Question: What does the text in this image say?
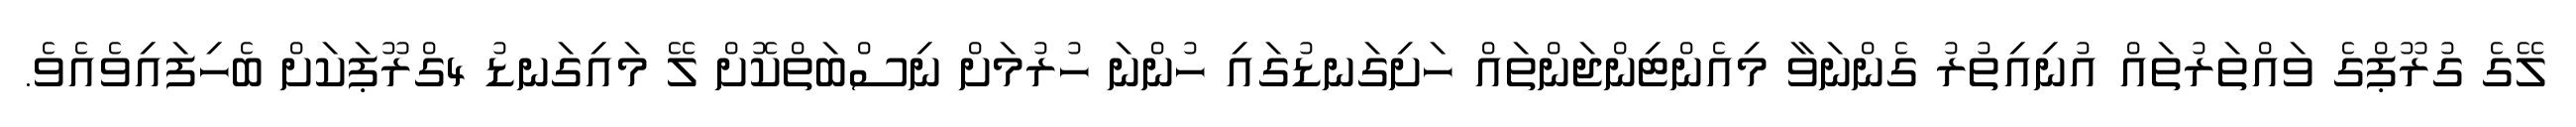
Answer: ލޭގެ ގުރޫޕްގެ ވައްތަރުތައް އުނިއިތުރު ގެންނަވާ މިއެންޓިންޖަންތައް ހަށިގަނޑުގައި ހުންނަ ހުރުމަށް ނިސްބަތްކޮށް ލޭ މައިގަނޑު 4ގްރޫޕަކަށް ބެހިފައިވެއެވެ.